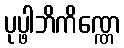
ပုပ္ဖါဘိကိဏ္ဏေ